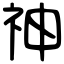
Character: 神